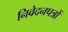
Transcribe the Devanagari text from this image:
निवेदनपत्रों